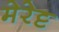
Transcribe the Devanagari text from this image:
मेरेट्ट